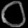
Digit: ၀